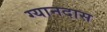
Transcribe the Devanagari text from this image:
ग्यानदास